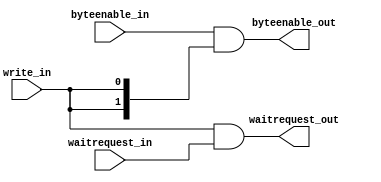
module sixteen_bit_byteenable_FSM (
  write_in,
  byteenable_in,
  waitrequest_out,
  byteenable_out,
  waitrequest_in
);
  input write_in;
  input [1:0] byteenable_in;
  output wire waitrequest_out;
  output wire [1:0] byteenable_out; 
  input waitrequest_in;
  assign byteenable_out = byteenable_in & {2{write_in}};          
  assign waitrequest_out = (write_in == 1) & (waitrequest_in == 1);  
endmodule